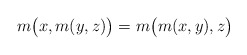
\begin{align*} m\bigl(x,m(y,z)\bigr)=m\bigl(m(x,y),z\bigr) \end{align*}